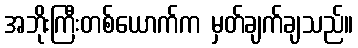
အဘိုးကြီးတစ်ယောက်က မှတ်ချက်ချသည်။